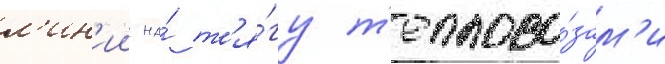
л'ин'ии на́ т'я́гу т'еплово́зам'и